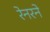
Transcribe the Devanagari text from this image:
रेनरने